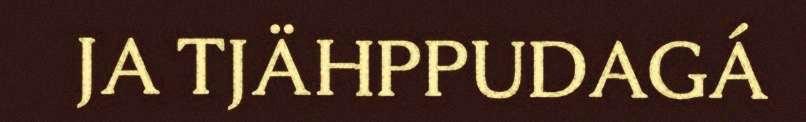
JA TJÄHPPUDAGÁ